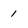
Character: 1